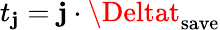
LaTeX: t_{\mathbf{j}}=\mathbf{j}\cdot\Deltat_{\mathrm{{save}}}